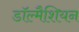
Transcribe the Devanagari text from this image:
डॉल्मैशियन